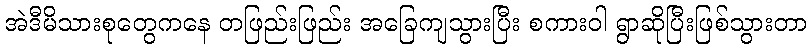
အဲဒီမိသားစုတွေကနေ တဖြည်းဖြည်း အခြေကျသွားပြီး စကားဝါ ရွာဆိုပြီးဖြစ်သွားတာ